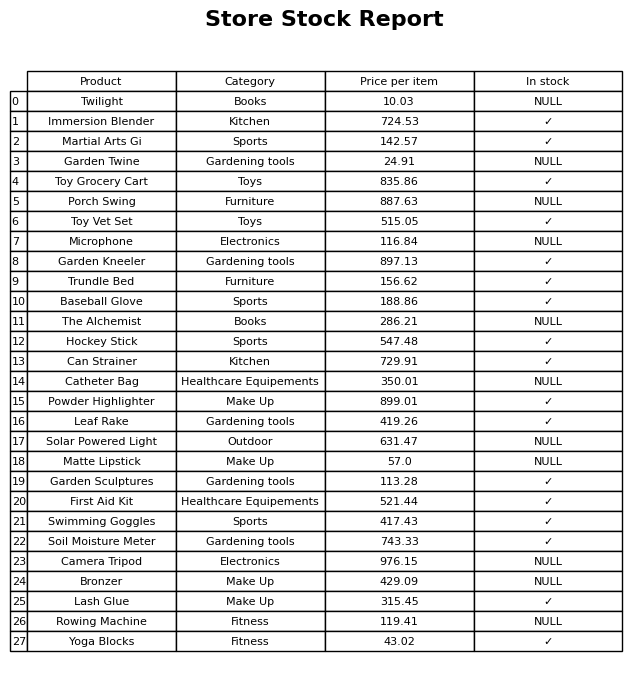
question: What is the price for Camera Tripod?
answer: The price of Camera Tripod is 976.15.